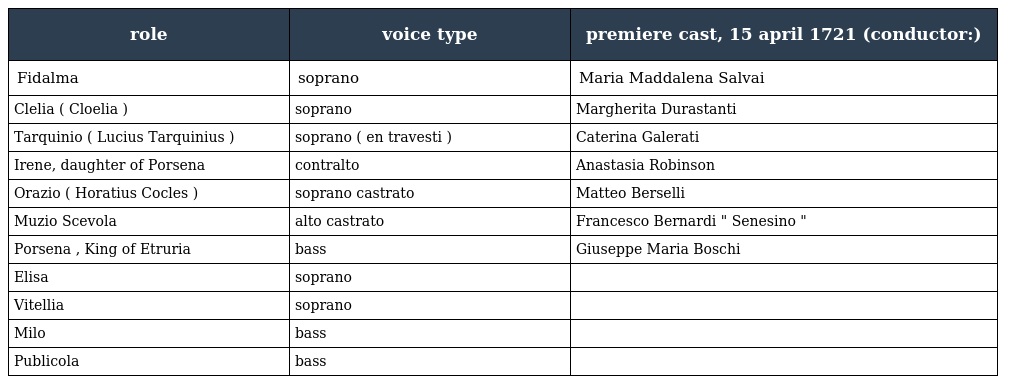
| role | voice type | premiere cast, 15 april 1721 (conductor:) |
 | --- | --- | --- |
 | Fidalma | soprano | Maria Maddalena Salvai |
 | Clelia ( Cloelia ) | soprano | Margherita Durastanti |
 | Tarquinio ( Lucius Tarquinius ) | soprano ( en travesti ) | Caterina Galerati |
 | Irene, daughter of Porsena | contralto | Anastasia Robinson |
 | Orazio ( Horatius Cocles ) | soprano castrato | Matteo Berselli |
 | Muzio Scevola | alto castrato | Francesco Bernardi " Senesino " |
 | Porsena , King of Etruria | bass | Giuseppe Maria Boschi |
 | Elisa | soprano |  |
 | Vitellia | soprano |  |
 | Milo | bass |  |
 | Publicola | bass |  |